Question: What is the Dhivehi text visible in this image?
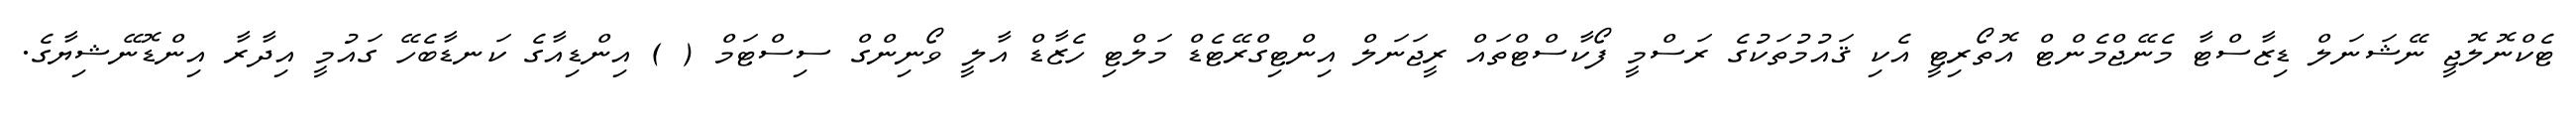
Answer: ޓެކްނޮލޮޖީ ނޭޝަނަލް ޑިޒާސްޓާ މެނޭޖްމެންޓް އޮތޯރިޓީ އެކި ޤައުމުތަކުގެ ރަސްމީ ފޯކާސްޓްތައް ރީޖަނަލް އިންޓިގްރޭޓެޑް މަލްޓި ހެޒާޑް އާލީ ވޯނިންގް ސިސްޓަމް ( ) އިންޑިއާގެ ކަނޑާބެހޭ ގައުމީ އިދާރާ އިންޑޮނޭޝިޔާގެ.